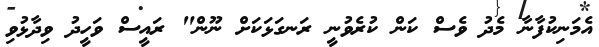
އެމަނިކުފާނާ މެދު ވެސް ކަން ކުރެވުނީ ރަނގަޅަކަށް ނޫން" ރައީސް ވަހީދު ވިދާޅުވި